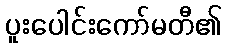
ပူးပေါင်းကော်မတီ၏